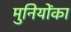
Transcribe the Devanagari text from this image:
मुनियोंका